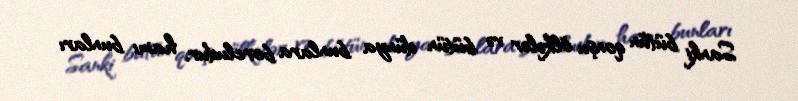
Sanki bütün qonşu ölkələr və bütün dünya bunlara borcludur, hamı bunları